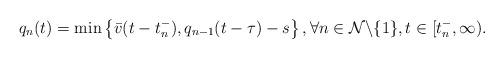
LaTeX: \begin{align*}q_{n}(t)=\min\left\{ \bar{v}(t-t_{n}^{-}),q_{n-1}(t-\tau)-s\right\} ,\forall n\in\mathcal{N}\backslash\{1\},t\in[t_{n}^{-},\infty).\end{align*}